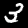
Digit: 3